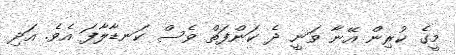
މީގެ ކުރިން އޭނާ ވަނީ ދެ ކަންފަތް ވެސް ކަނޑާލާފަ އެވެ. އަދި